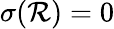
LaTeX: \sigma(\mathcal{R})=0